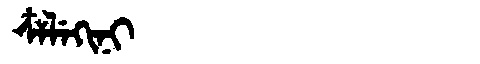
Manchu: ᠴᠶᠯᡝᡴᡳᠨᡳ
Romanization: CYLEKINI